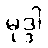
မုဒ္ဒါ